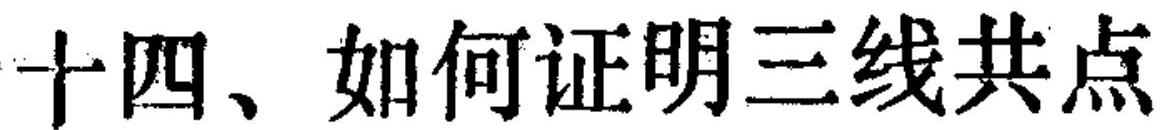
十四、如何证明三线共点